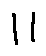
1 1